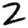
Digit: 2